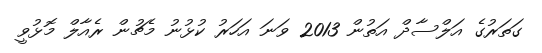
ގަތަރުގެ އަލްސާދް އަތުން 2013 ވަނަ އަހަރު ކުޅުނު މެޗުން ރެއާލް މޮޅުވީ